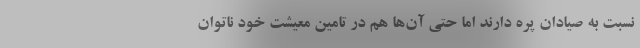
نسبت به صیادان پره دارند اما حتی آن‌ها هم در تامین معیشت خود ناتوان